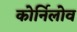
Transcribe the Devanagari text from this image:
कोर्निलोव